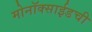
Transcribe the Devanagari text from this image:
मोनॉक्साईडची